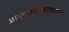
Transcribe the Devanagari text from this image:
आत्मसाक्षातकरता